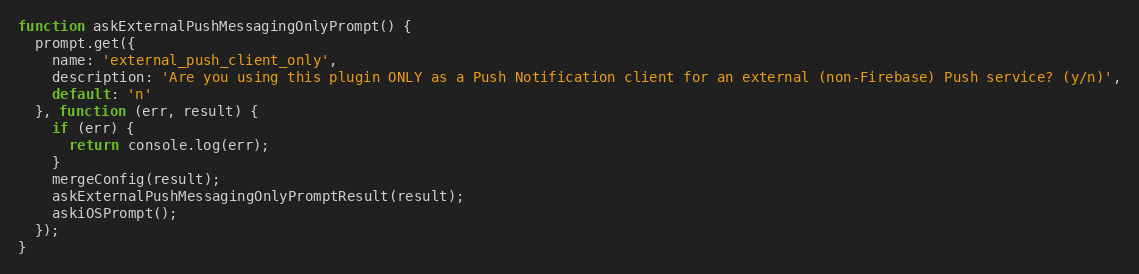
Language: JavaScript
function askExternalPushMessagingOnlyPrompt() {
  prompt.get({
    name: 'external_push_client_only',
    description: 'Are you using this plugin ONLY as a Push Notification client for an external (non-Firebase) Push service? (y/n)',
    default: 'n'
  }, function (err, result) {
    if (err) {
      return console.log(err);
    }
    mergeConfig(result);
    askExternalPushMessagingOnlyPromptResult(result);
    askiOSPrompt();
  });
}